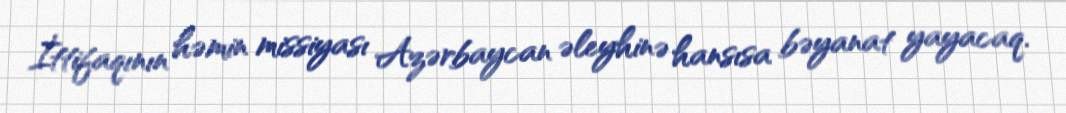
İttifaqının həmin missiyası Azərbaycan əleyhinə hansısa bəyanat yayacaq.